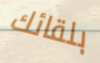
بلقائك